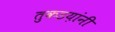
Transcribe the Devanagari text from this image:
तुकडय़ांनी